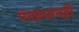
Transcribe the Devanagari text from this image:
पंतप्रधानही